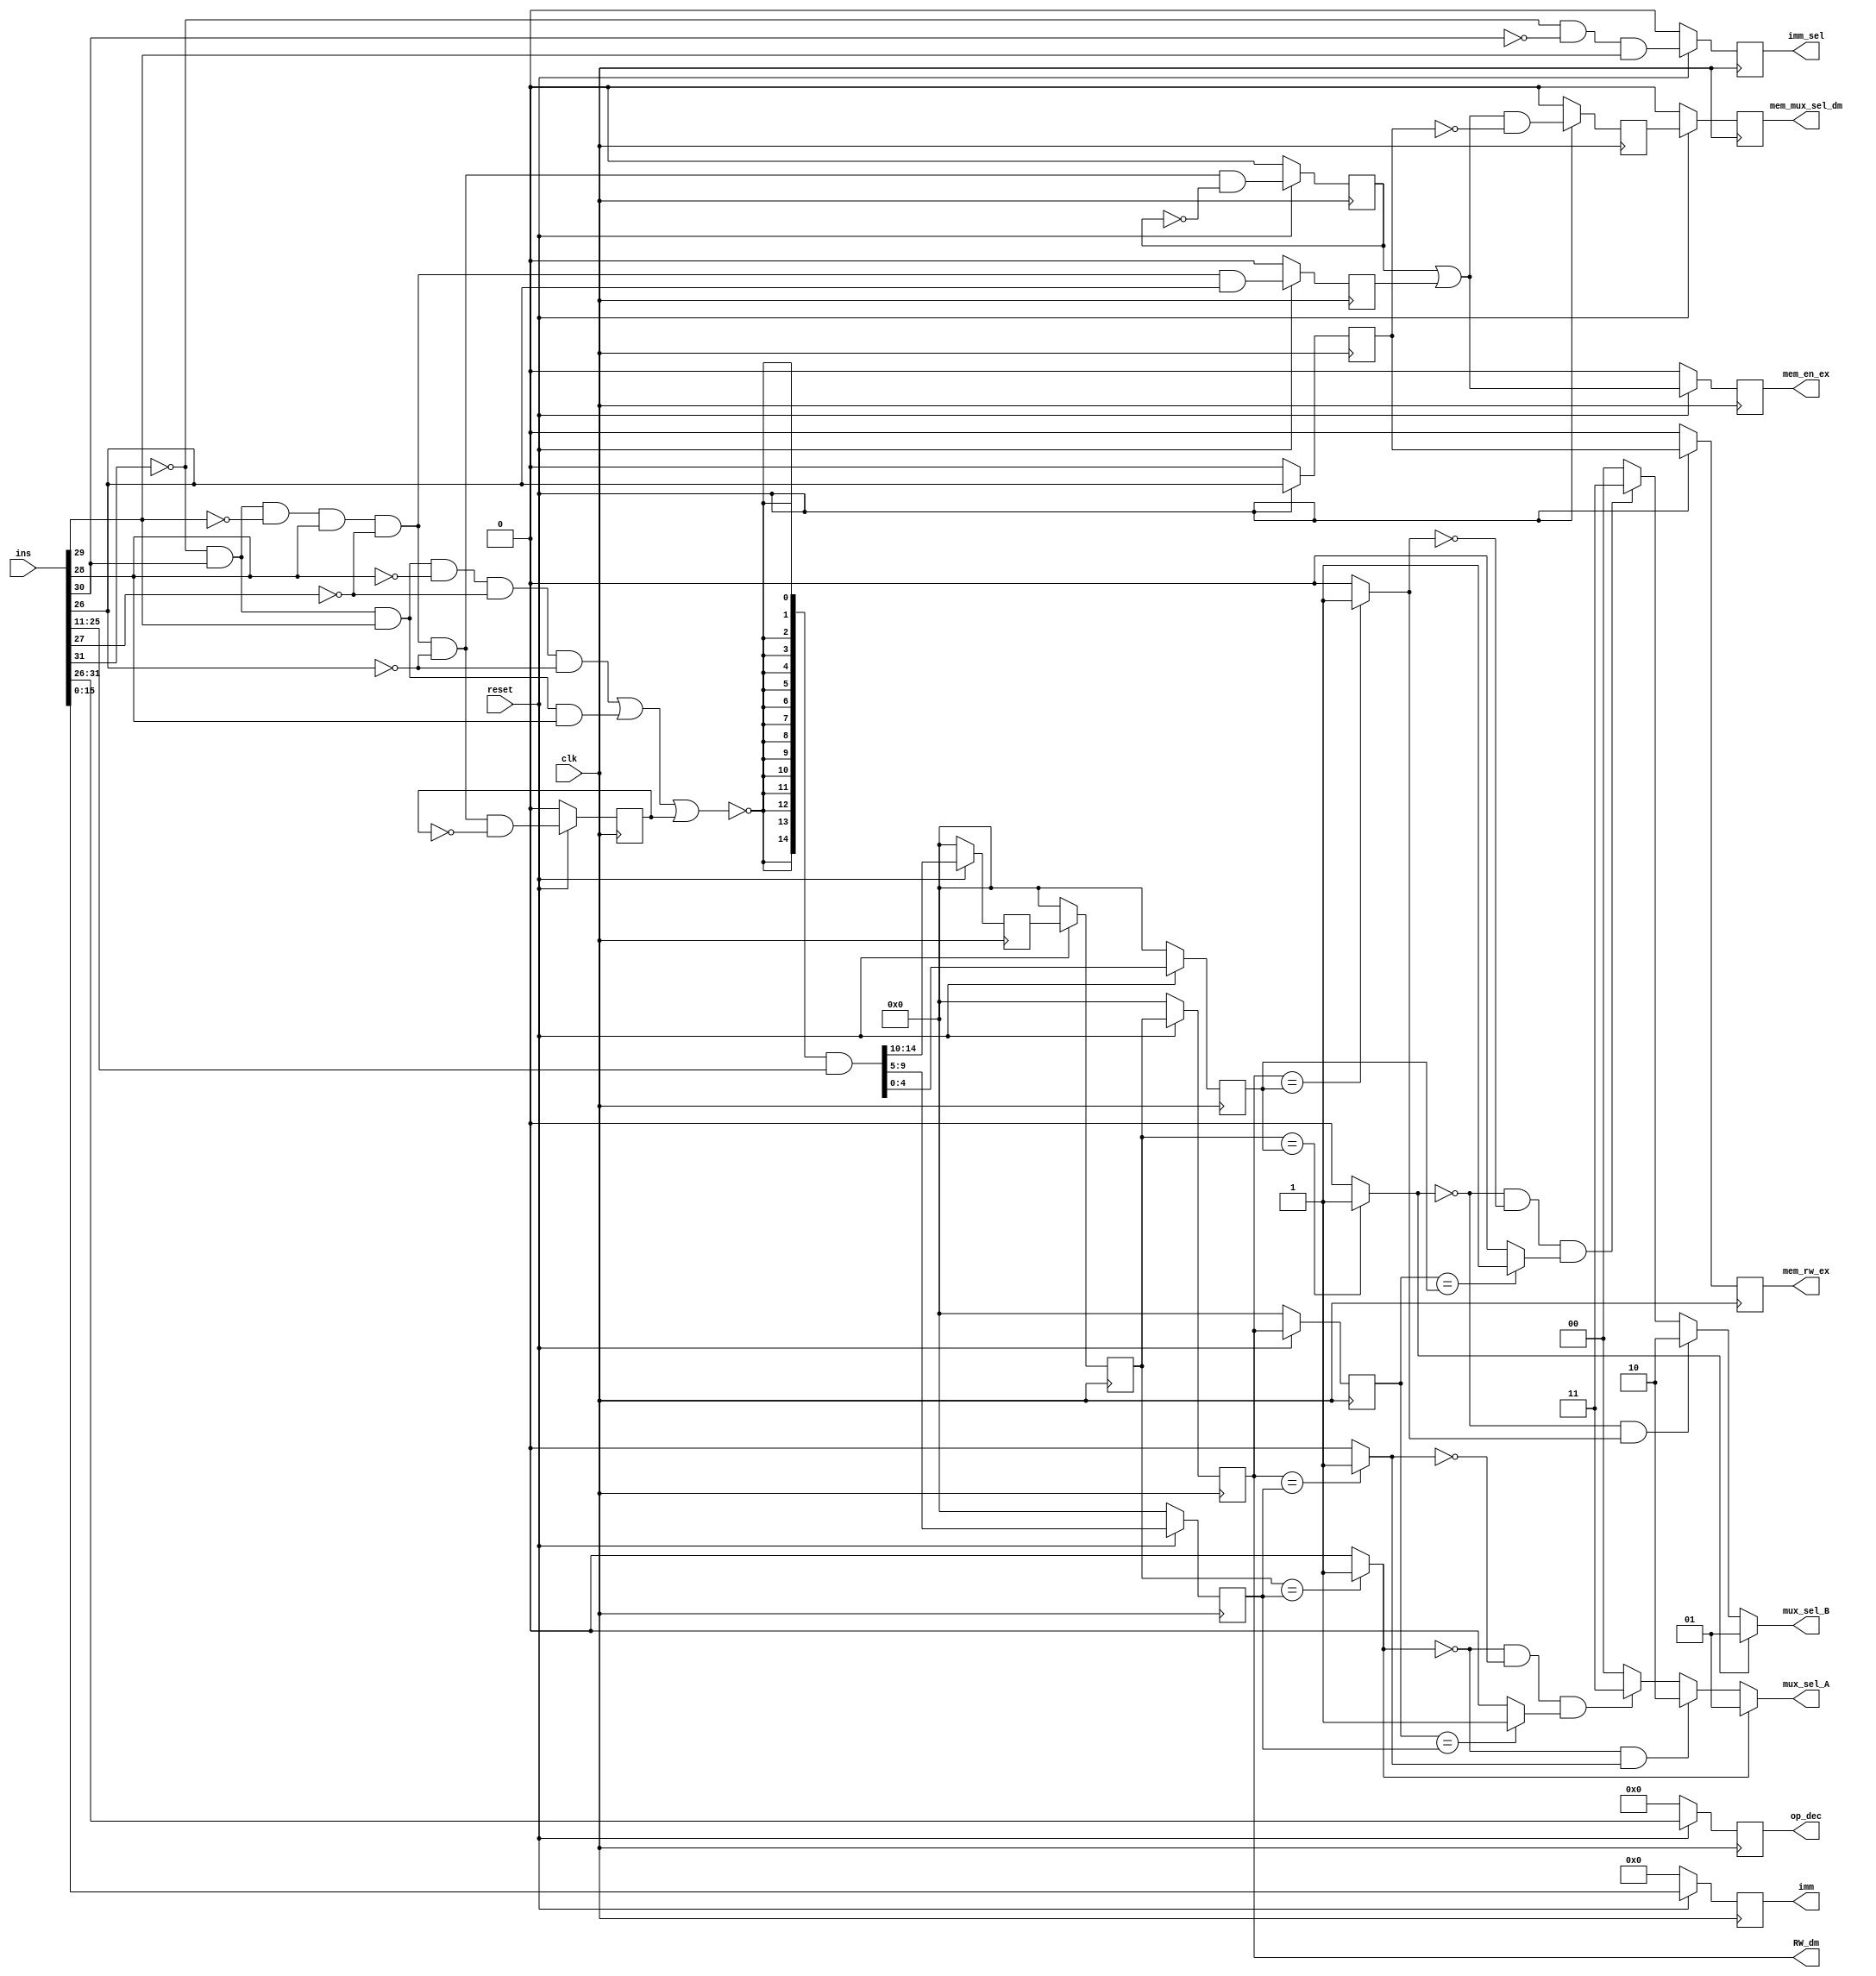
module DC_block(ins,clk,reset,imm,op_dec,RW_dm,mux_sel_A,mux_sel_B,imm_sel,mem_en_ex,mem_rw_ex,mem_mux_sel_dm);

input clk,reset;
input [31:0] ins;
output reg [15:0] imm;
output reg [5:0] op_dec;
output [4:0] RW_dm;
output [1:0] mux_sel_A , mux_sel_B;
output imm_sel,mem_en_ex,mem_rw_ex,mem_mux_sel_dm;

wire JMP , Cond_J, LD_fb , imm_flag ,ld ,ST ,c1,c2,c3,c4,c5,c6,Pri_a1,Pri_a2,Pri_b1,Pri_b2,D2 , ext_inp;
wire [14:0] ext_out;
wire [14:0] R;
reg [4:0] R1,R2,R3,R3a,R3b,R3c;
reg Q1, Q2, Q3, Q4, Q5, Q6, Q7, Q8, Q9;

always@(posedge clk)
begin
	if(reset == 1'b0)
	begin 
		Q1 <= 1'b0;
	end
	else
	begin
		Q1 <= LD_fb;
	end
end

always@(posedge clk)
begin
	if(reset == 1'b0)
	begin 
		Q9 <= 1'b0;
	end
	else
	begin
		Q9 <= imm_flag;
	end
end

always@(posedge clk)
begin
	if(reset == 1'b0)
	begin 
		imm <= 16'b0000000000000000;
	end
	else
	begin
		imm <= ins[15:0];
	end
end

always@(posedge clk)
begin
	if(reset == 1'b0)
	begin 
		op_dec <= 6'b000000;
	end
	else
	begin
		op_dec <= ins[31:26];
	end
end

assign JMP = (~ins[31]) & ins[30] & ins[29] & (~ins[28]) & (~ins[27]) & (~ins[26]); 
assign Cond_J = (~ins[31]) & ins[30] & ins[29] & (ins[28]);
assign LD_fb = (~ins[31]) & ins[30] & (~ins[29]) & (ins[28]) & (~ins[27]) & (~ins[26]) & (~Q1); 
assign imm_flag = (~ins[31]) & (~ins[30]) & (ins[29]) ;
assign ld =  (~ins[31]) & ins[30] & (~ins[29]) & (ins[28]) & (~ins[27]) & (~ins[26]);
assign ST =  (~ins[31]) & ins[30] & (~ins[29]) & (ins[28]) & (~ins[27]) & ins[26];
assign D2 =  ld & (~Q2);
assign D5 = (Q2|Q4) & (~Q3);
assign mem_rw_ex = Q6;
assign mem_mux_sel_dm = Q8;
assign mem_en_ex = Q7;
assign imm_sel = Q9;
assign ext_inp = ~(JMP|Cond_J|Q1);
assign ext_out = {15{ext_inp}};
assign R = ext_out & ins[25:11];

assign c1 = (R3a==R2) ? 1'b1 : 1'b0;
assign c2 = (R3b==R2) ? 1'b1 : 1'b0;
assign c3 = (R3c==R2) ? 1'b1 : 1'b0;

assign c4 = (R3a==R1) ? 1'b1 : 1'b0;
assign c5 = (R3b==R1) ? 1'b1 : 1'b0;
assign c6 = (R3c==R1) ? 1'b1 : 1'b0;

assign Pri_a1 = (~c1)&c2;
assign Pri_a2 = (~c1)&(~c2)&c3;

assign Pri_b1 = (~c4)&c5;
assign Pri_b2 = (~c4)&(~c5)&c6;

assign mux_sel_A =  ((c1 == 1) ? 2'b01 : ((Pri_a1 == 1) ? 2'b10 : ((Pri_a2 == 1) ? 2'b11 : 2'b00)));
assign mux_sel_B =  ((c4 == 1) ? 2'b01 : ((Pri_b1 == 1) ? 2'b10 : ((Pri_b2 == 1) ? 2'b11 : 2'b00)));
                                        
always@(posedge clk)
begin 
	if(reset == 1'b0)
	begin 
		R1 <= 5'b00000;
		R2 <= 5'b00000;
		R3 <= 5'b00000;
		
		R3a <= 5'b00000;
		R3b <= 5'b00000;
		R3c <= 5'b00000;
	end
	else
	begin
		R1 <= R[4:0];
		R2 <= R[9:5];
		R3 <= R[14:10];
		
		R3a <= R3;
		R3b <= R3a;
		R3c <= R3b;
	end
end

assign RW_dm = R3b;

always@(posedge clk)
begin 
	if(reset == 1'b0)
	begin 
		Q2 <= 1'b0;
		Q3 <= 1'b0;
		Q4 <= 1'b0;
	end
	else
	begin
		Q2 <= D2;
		Q3 <= ins[26];
		Q4 <= ST;
	end
end

always@(posedge clk)
begin 
	if(reset == 1'b0)
	begin 
		Q5 <= 1'b0;
		Q6 <= 1'b0;
		Q7 <= 1'b0;
		Q8 <= 1'b0;
	end
	else
	begin
		Q5 <= D5;
		Q6 <= Q3;
		Q7 <= (Q2|Q4);
		Q8 <= Q5;
	end
end

endmodule